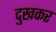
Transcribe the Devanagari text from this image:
दुखकर